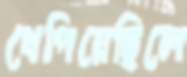
খেপিয়েছিলে